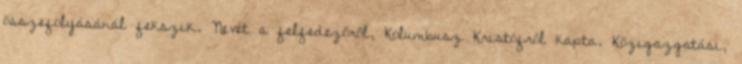
összefolyásánál fekszik. Nevét a felfedezőről, Kolumbusz Kristófról kapta. Közigazgatási,